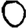
Digit: 0